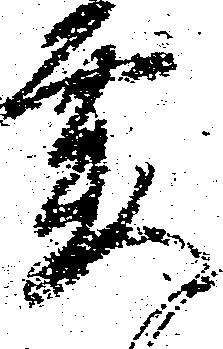
要